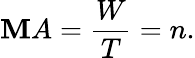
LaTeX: \mathbf{M}A={\frac{{W}}{{T}}}=n.